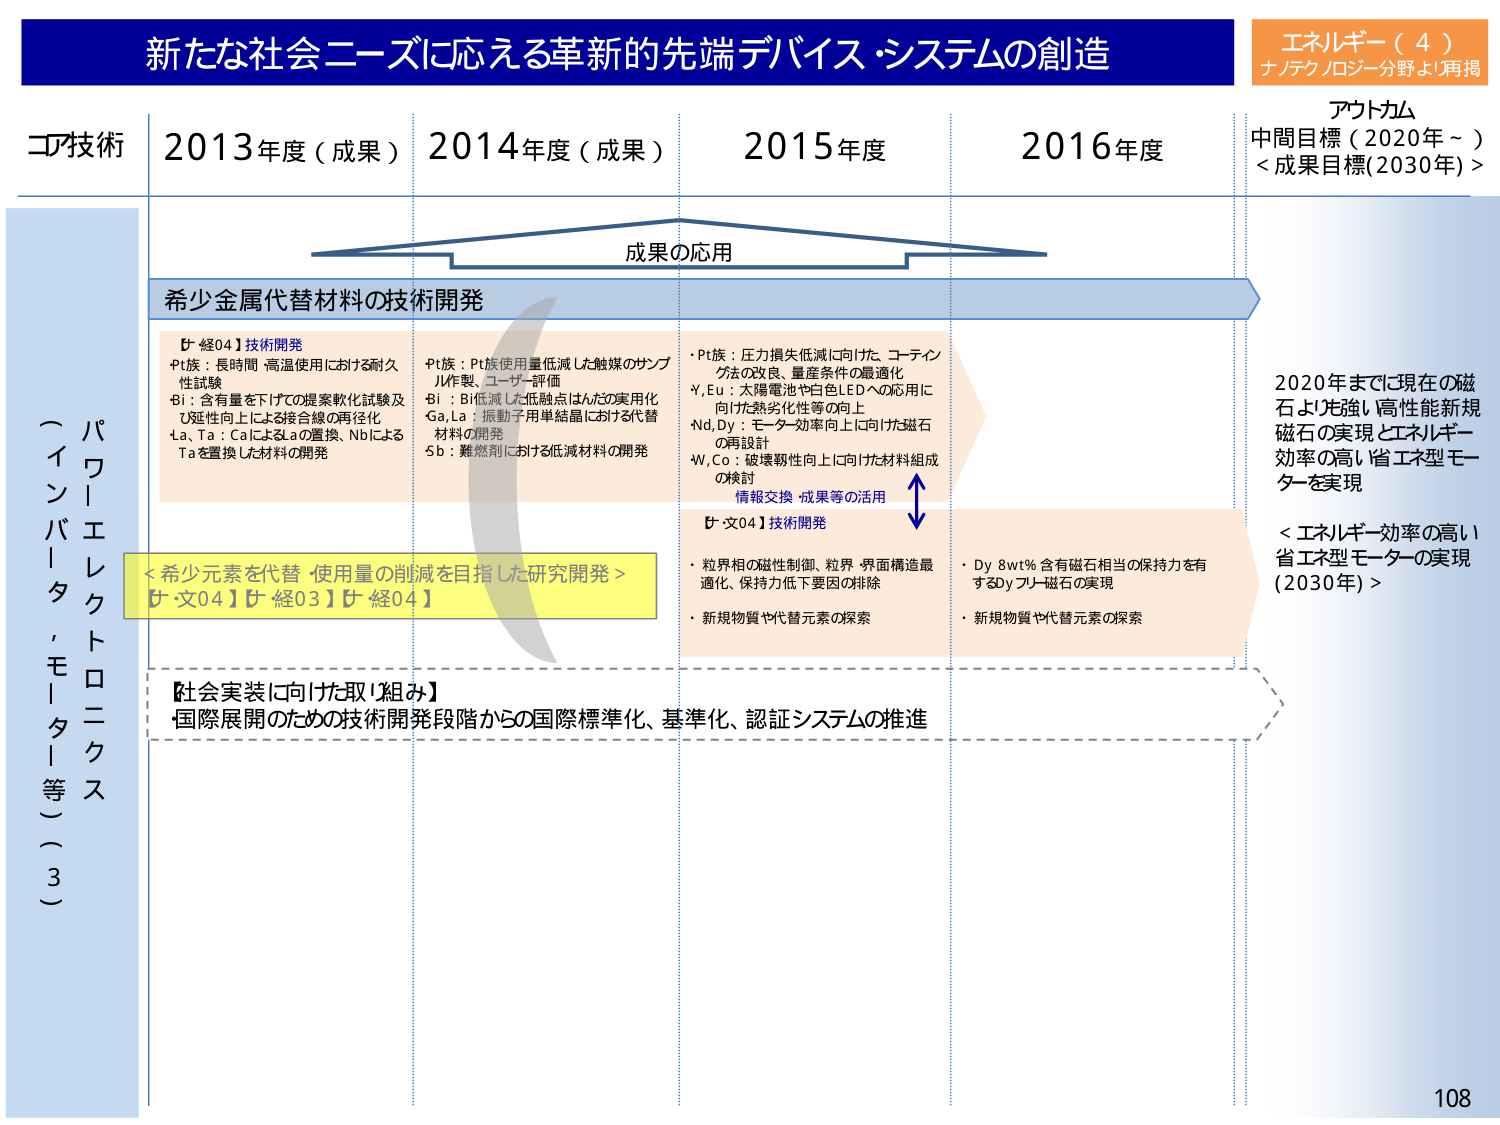
新たな社会ニーズに応える革新的先端デバイス・システムの創造
エネルギー（4）
ナノテクノロジー分野より再掲

コア技術
2013年度（成果）
2014年度（成果）
2015年度
2016年度

成果の応用

希少金属代替材料の技術開発

【経04】技術開発
・Pt族：長時間・高温使用における耐久性試験
・Bi：含有量を下げての提案軟化試験及び延性向上による接合線の再径化
・La、Ta：CaによるLaの置換、NbによるTaを置換した材料の開発

・Pt族：Pt族使用量低減した触媒のサンプル作製、ユーザー評価
・Bi：Bi低減した低融点はんだの実用化
・Ga、La：振動子用単結晶における代替材料の開発
・Sb：難燃剤における低減材料の開発

・Pt族：圧力損失低減に向けた、コーティング法の改良、量産条件の最適化
・Y、Eu：太陽電池や白色LEDへの応用に向けた熱劣化性等の向上
・Nd、Dy：モーター効率向上に向けた磁石の再設計
・W、Co：破壊靭性向上に向けた材料組成の検討
情報交換・成果等の活用

【文04】技術開発
・粒界相の磁性制御、粒界・界面構造最適化、保持力低下要因の排除
・新規物質や代替元素の探索

・Dy 8wt% 含有磁石相当の保持力を有するDyフリー磁石の実現
・新規物質や代替元素の探索

パワーエレクトロニクス
（インバータ、モーター等）（3）

＜希少元素を代替・使用量の削減を目指した研究開発＞
【文04】【経03】【経04】

【社会実装に向けた取り組み】
・国際展開のための技術開発段階からの国際標準化、基準化、認証システムの推進

アウトカム
中間目標（2020年～）
＜成果目標（2030年）＞

2020年までに現在の磁石より先鋭い高性能新規磁石の実現とエネルギー効率の高い省エネ型モーターを実現

＜エネルギー効率の高い省エネ型モーターの実現（2030年）＞

108